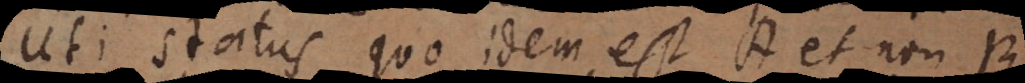
Uti status quo idem est A et non B